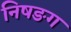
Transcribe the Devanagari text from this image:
निषङग